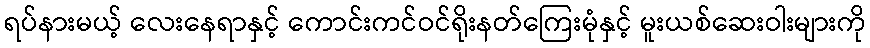
ရပ်နားမယ့် လေးနေရာနှင့် ကောင်းကင်ဝင်ရိုးနတ်ကြေးမုံနှင့် မူးယစ်ဆေးဝါးများကို